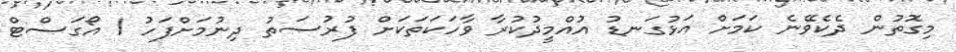
މިގޮތުން ދެކެވޭނެ ކަމަށް އަޅުގަނޑު އުއްމީދުކުރާ ވާހަކަތަކަށް ފުރުޞަތު ދިނުމަށްފަހު 1 އޯގަސްޓް